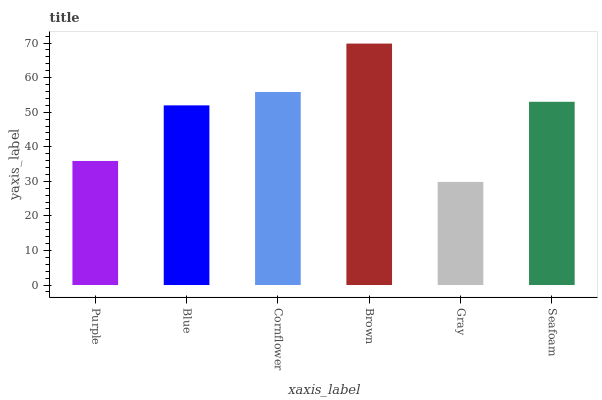
| xaxis_label | bars |
 | --- | --- |
 | Purple | 35.9 |
 | Blue | 52 |
 | Cornflower | 55.8 |
 | Brown | 69.8 |
 | Gray | 29.8 |
 | Seafoam | 53 |